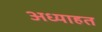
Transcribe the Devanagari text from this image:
अध्याहत